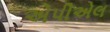
એપીએલ